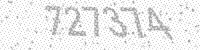
Solution: 727374